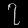
Digit: ၇